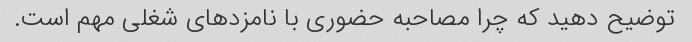
توضیح دهید که چرا مصاحبه حضوری با نامزدهای شغلی مهم است.